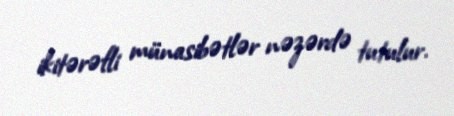
ikitərəfli münasibətlər nəzərdə tutulur.